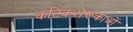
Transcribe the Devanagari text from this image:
कटिकशेरूकाओं